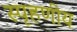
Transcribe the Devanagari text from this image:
स्‍पृहणीय